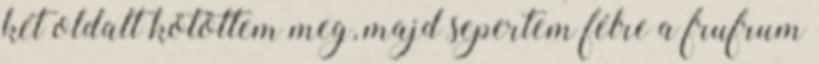
két oldalt kötöttem meg, majd sepertem félre a frufrum